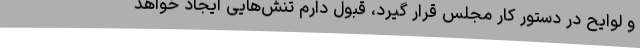
و لوایح در دستور کار مجلس قرار گیرد، قبول دارم تنش‌هایی ایجاد خواهد